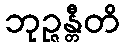
ဘုဉ္ဇန္တီတိ